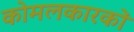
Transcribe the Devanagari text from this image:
कोमलकारकों